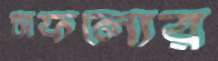
সফল্যের